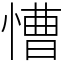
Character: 慒